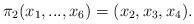
LaTeX: \begin{align*}\pi_{2}(x_{1},...,x_{6})=(x_{2},x_{3},x_{4}).\end{align*}